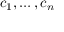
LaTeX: c _ { 1 } , \ldots , c _ { n }